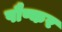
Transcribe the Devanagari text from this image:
पौष्कर